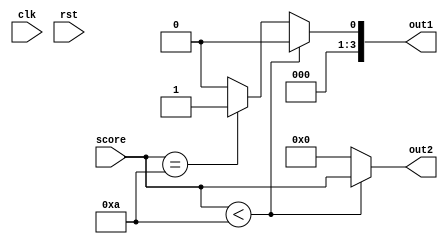
/*
   This file was generated automatically by Alchitry Labs version 1.2.7.
   Do not edit this file directly. Instead edit the original Lucid source.
   This is a temporary file and any changes made to it will be destroyed.
*/

module score_display_8 (
    input clk,
    input rst,
    input [3:0] score,
    output reg [3:0] out1,
    output reg [3:0] out2
  );
  
  
  
  always @* begin
    out1 = 1'h0;
    out2 = 1'h0;
    if (score < 4'ha) begin
      out1 = 1'h0;
      out2 = score;
    end else begin
      if (score == 4'ha) begin
        out1 = 1'h1;
        out2 = 1'h0;
      end
    end
  end
endmodule